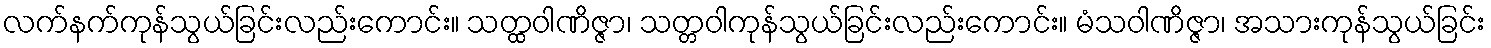
လက်နက်ကုန်သွယ်ခြင်းလည်းကောင်း။ သတ္ထဝါဏိဇ္ဇာ၊ သတ္တဝါကုန်သွယ်ခြင်းလည်းကောင်း။ မံသဝါဏိဇ္ဇာ၊ အသားကုန်သွယ်ခြင်း